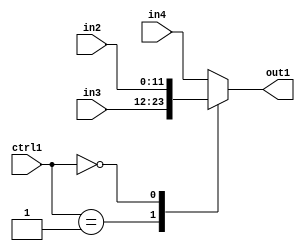
`timescale 1ps / 1ps
/*****************************************************************************
    Verilog RTL Description
    
    
    Created by: Stratus DpOpt 2019.1.01 
*******************************************************************************/

module DC_Filter_N_Mux_12_3_2_1 (
	in4,
	in3,
	in2,
	ctrl1,
	out1
	); /* architecture "behavioural" */ 
input [11:0] in4,
	in3,
	in2;
input [1:0] ctrl1;
output [11:0] out1;
wire [11:0] asc001;

reg [11:0] asc001_tmp_0;
assign asc001 = asc001_tmp_0;
always @ (ctrl1 or in3 or in2 or in4) begin
	casez (ctrl1)
		2'B01 : asc001_tmp_0 = in3 ;
		2'B00 : asc001_tmp_0 = in2 ;
		default : asc001_tmp_0 = in4 ;
	endcase
end

assign out1 = asc001;
endmodule

/* CADENCE  v7PxTQg= : u9/ySgnWtBlWxVPRXgAZ4Og= ** DO NOT EDIT THIS LINE ******/